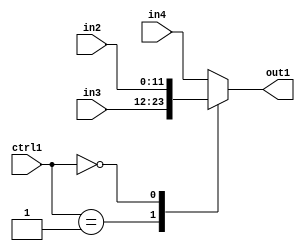
`timescale 1ps / 1ps
/*****************************************************************************
    Verilog RTL Description
    
    
    Created by: Stratus DpOpt 2019.1.01 
*******************************************************************************/

module DC_Filter_N_Mux_12_3_2_1 (
	in4,
	in3,
	in2,
	ctrl1,
	out1
	); /* architecture "behavioural" */ 
input [11:0] in4,
	in3,
	in2;
input [1:0] ctrl1;
output [11:0] out1;
wire [11:0] asc001;

reg [11:0] asc001_tmp_0;
assign asc001 = asc001_tmp_0;
always @ (ctrl1 or in3 or in2 or in4) begin
	casez (ctrl1)
		2'B01 : asc001_tmp_0 = in3 ;
		2'B00 : asc001_tmp_0 = in2 ;
		default : asc001_tmp_0 = in4 ;
	endcase
end

assign out1 = asc001;
endmodule

/* CADENCE  v7PxTQg= : u9/ySgnWtBlWxVPRXgAZ4Og= ** DO NOT EDIT THIS LINE ******/